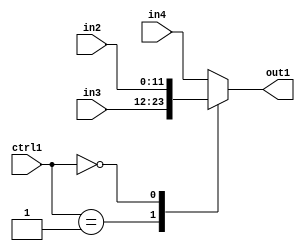
`timescale 1ps / 1ps
/*****************************************************************************
    Verilog RTL Description
    
    
    Created by: Stratus DpOpt 2019.1.01 
*******************************************************************************/

module DC_Filter_N_Mux_12_3_2_1 (
	in4,
	in3,
	in2,
	ctrl1,
	out1
	); /* architecture "behavioural" */ 
input [11:0] in4,
	in3,
	in2;
input [1:0] ctrl1;
output [11:0] out1;
wire [11:0] asc001;

reg [11:0] asc001_tmp_0;
assign asc001 = asc001_tmp_0;
always @ (ctrl1 or in3 or in2 or in4) begin
	casez (ctrl1)
		2'B01 : asc001_tmp_0 = in3 ;
		2'B00 : asc001_tmp_0 = in2 ;
		default : asc001_tmp_0 = in4 ;
	endcase
end

assign out1 = asc001;
endmodule

/* CADENCE  v7PxTQg= : u9/ySgnWtBlWxVPRXgAZ4Og= ** DO NOT EDIT THIS LINE ******/